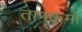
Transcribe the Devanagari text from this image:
तापक्रमों